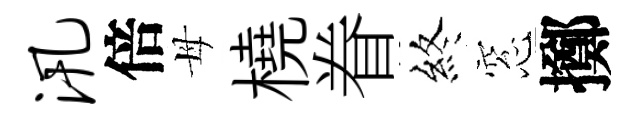
汛倍母橈眷終窓擲